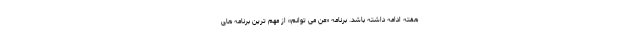
هفته ادامه داشته باشد. برنامه «من می توانم» از مهم ترین برنامه های